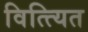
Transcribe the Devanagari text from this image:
वित्त्यित